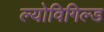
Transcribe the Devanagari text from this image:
ल्योविगिल्ड